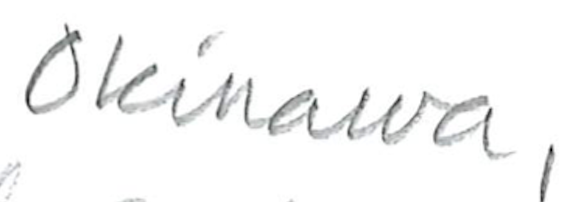
Text: Okinawa,
Cross-out: clean
Writing tool: pencil